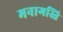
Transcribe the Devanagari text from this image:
मनागस्ति